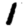
Digit: 1